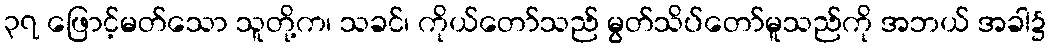
၃၇ ဖြောင့်မတ်သော သူတို့က၊ သခင်၊ ကိုယ်တော်သည် မွတ်သိပ်တော်မူသည်ကို အဘယ် အခါ၌